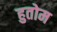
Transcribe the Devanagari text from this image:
हुतोम